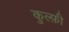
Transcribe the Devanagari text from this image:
कुल्फ़ी